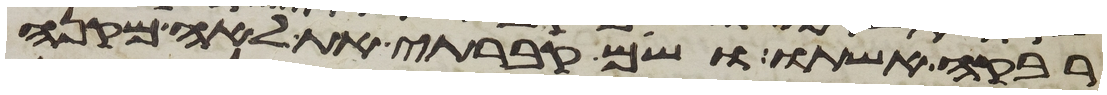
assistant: רבקה אשתו ושם קברתי את לאה מקנה